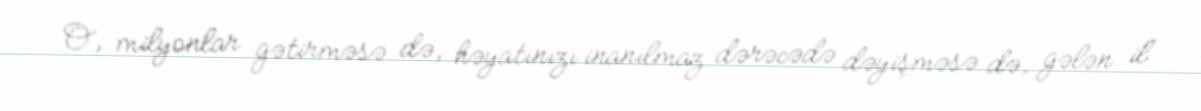
O, milyonlar gətirməsə də, həyatınızı inanılmaz dərəcədə dəyişməsə də, gələn il